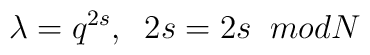
\lambda = q^{2s} , \; \; 2s = 2s \;\; mod N